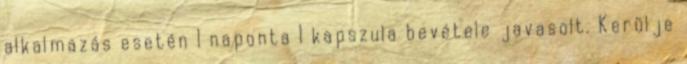
alkalmazás esetén 1 naponta 1 kapszula bevétele javasolt. Kerülje